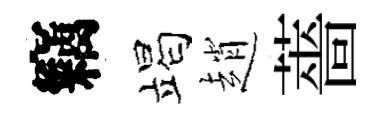
竊竭趙薔